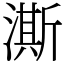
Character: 澌